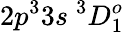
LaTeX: {2p^{3}3s~^{3}D_{1}^{o}}